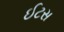
ઈટસ